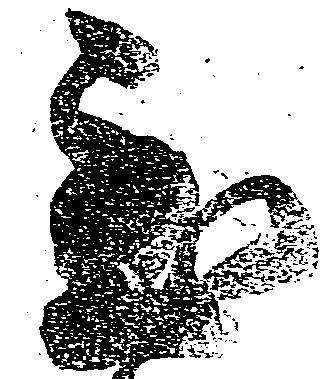
至